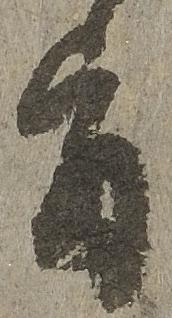
旨